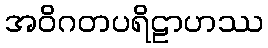
အဝိဂတပရိဠာဟဿ